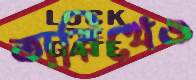
তারিখেও